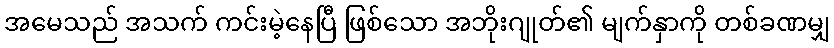
အမေသည် အသက် ကင်းမဲ့နေပြီ ဖြစ်သော အဘိုးဂျုတ်၏ မျက်နှာကို တစ်ခဏမျှ